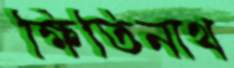
ক্ষিতিনাথ